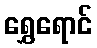
ရွှေရောင်